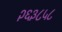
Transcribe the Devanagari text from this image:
२६३८५८